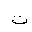
Letter: _ta